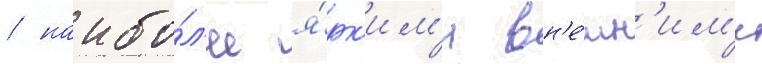
/ наибо́л'ее я́рк'им'и вн'е́шн'им'и